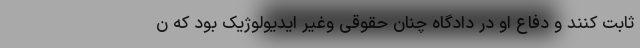
ثابت کنند و دفاع او در دادگاه چنان حقوقی وغیر ایدیولوژیک بود که ن